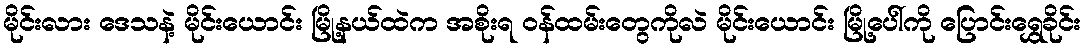
မိုင်းလား ဒေသနဲ့ မိုင်းယောင်း မြို့နယ်ထဲက အစိုးရ ဝန်ထမ်းတွေကိုလဲ မိုင်းယောင်း မြို့ပေါ်ကို ပြောင်းရွှေခိုင်း